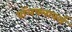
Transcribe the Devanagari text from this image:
वॉलफ्लावर्स